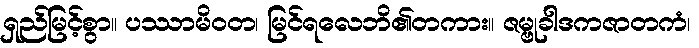
ရှည်မြင့်စွာ။ ပဿာမိဝတ၊ မြင်ရလေဘိ၏တကား။ ဇမ္ဗုခါဒကဇာတကံ၊